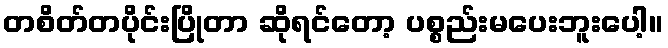
တစိတ်တပိုင်းပြိုတာ ဆိုရင်တော့ ပစ္စည်းမပေးဘူးပေါ့။